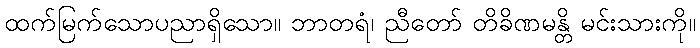
ထက်မြက်သောပညာရှိသော။ ဘာတရံ၊ ညီတော် တိခိဏမန္တိ မင်းသားကို။